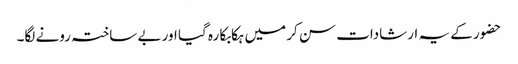
حضور کے یہ ارشادات سن کر میں ہکابکا رہ گیا اور بے ساختہ رونے لگا۔